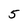
Character: 5